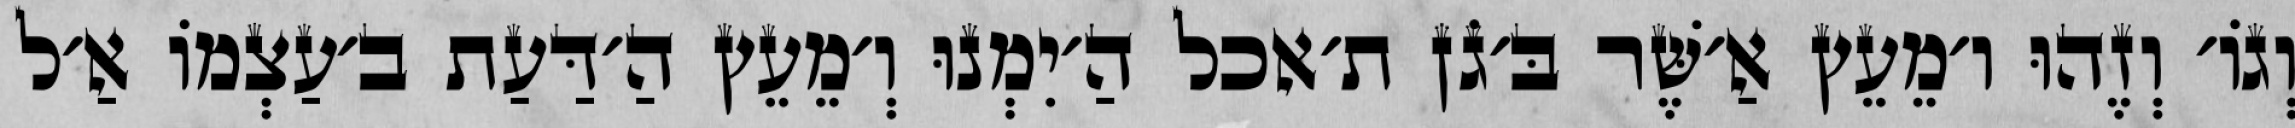
וְגוֹ׳ וְזֶהוּ ו׳מֵעֵץ אַ׳שֶּׁר בּ׳גֹן ת׳אכל הַ׳יִמְנוּ וְ׳מֵעֵץ הַ׳דַּעַת ב׳עַצְמוֹ אַ׳ל